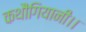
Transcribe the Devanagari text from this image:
कथौंगियानी।।